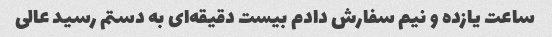
ساعت یازده و نیم سفارش دادم بیست دقیقه‌ای به دستم رسید عالی